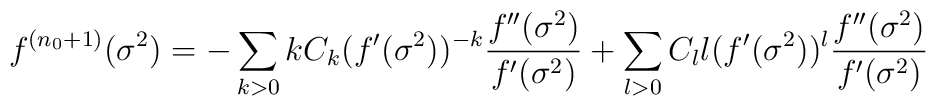
f^{(n_0+1)}(\sigma^2)=-\sum_{k>0}kC_k(f^\prime(\sigma^2))^{-k}\frac{f^{\prime\prime}(\sigma^2)}{f^\prime(\sigma^2)} +\sum_{l>0}C_l l(f^\prime(\sigma^2))^l\frac{f^{\prime\prime}(\sigma^2)}{f^\prime(\sigma^2)}